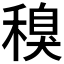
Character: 𱶜